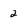
Character: 2